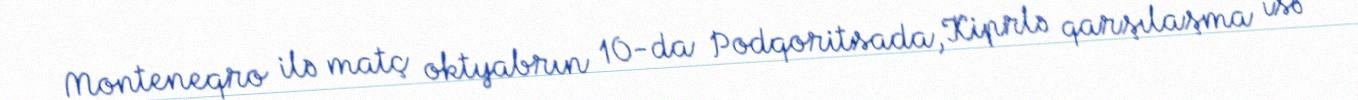
Monteneqro ilə matç oktyabrın 10-da Podqoritsada, Kiprlə qarşılaşma isə